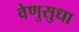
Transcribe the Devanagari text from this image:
वेणुसुधा